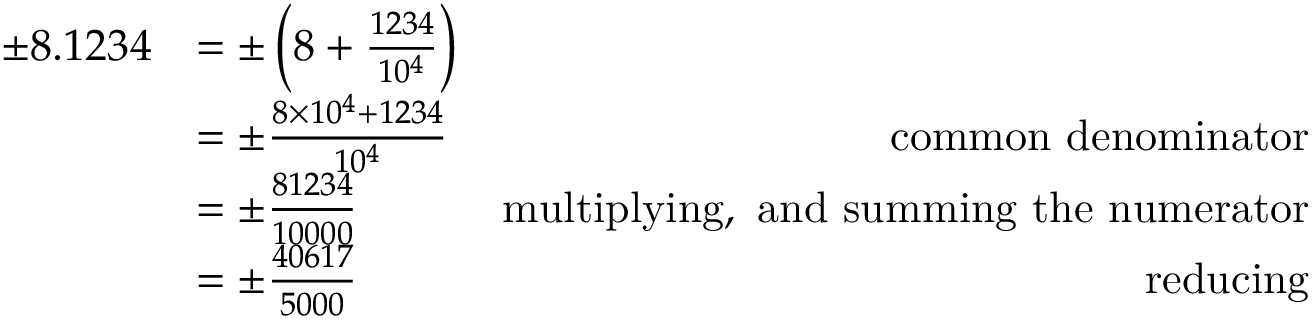
{ \begin{array} { r l r } { \pm 8 . 1 2 3 4 } & { = \pm \left( 8 + { \frac { 1 2 3 4 } { 1 0 ^ { 4 } } } \right) } & \\ & { = \pm { \frac { 8 \times 1 0 ^ { 4 } + 1 2 3 4 } { 1 0 ^ { 4 } } } } & { { \mathrm { c o m m o n ~ d e n o m i n a t o r } } } \\ & { = \pm { \frac { 8 1 2 3 4 } { 1 0 0 0 0 } } } & { { \mathrm { m u l t i p l y i n g , ~ a n d ~ s u m m i n g ~ t h e ~ n u m e r a t o r } } } \\ & { = \pm { \frac { 4 0 6 1 7 } { 5 0 0 0 } } } & { { \mathrm { r e d u c i n g } } } \end{array} }